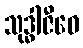
သုဒ္ဓါဇီဝေ